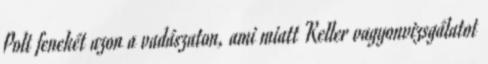
Polt fenekét azon a vadászaton, ami miatt Keller vagyonvizsgálatot